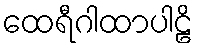
ထေရီဂါထာပါဠိ